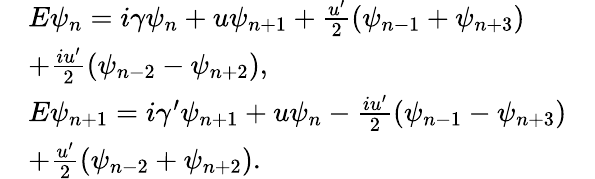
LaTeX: \begin{array}{rlr}&{E\psi_{n}=i\gamma\psi_{n}+u\psi_{n+1}+\frac{u^{\prime}}{2}(\psi_{n-1}+\psi_{n+3})}&\\ &{+\frac{iu^{\prime}}{2}(\psi_{n-2}-\psi_{n+2}),}&\\ &{E\psi_{n+1}=i\gamma^{\prime}\psi_{n+1}+u\psi_{n}-\frac{iu^{\prime}}{2}(\psi_{n-1}-\psi_{n+3})}&\\ &{+\frac{u^{\prime}}{2}(\psi_{n-2}+\psi_{n+2}).}&\end{array}